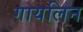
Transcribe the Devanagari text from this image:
गायलिन